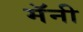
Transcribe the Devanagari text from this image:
मॅनी